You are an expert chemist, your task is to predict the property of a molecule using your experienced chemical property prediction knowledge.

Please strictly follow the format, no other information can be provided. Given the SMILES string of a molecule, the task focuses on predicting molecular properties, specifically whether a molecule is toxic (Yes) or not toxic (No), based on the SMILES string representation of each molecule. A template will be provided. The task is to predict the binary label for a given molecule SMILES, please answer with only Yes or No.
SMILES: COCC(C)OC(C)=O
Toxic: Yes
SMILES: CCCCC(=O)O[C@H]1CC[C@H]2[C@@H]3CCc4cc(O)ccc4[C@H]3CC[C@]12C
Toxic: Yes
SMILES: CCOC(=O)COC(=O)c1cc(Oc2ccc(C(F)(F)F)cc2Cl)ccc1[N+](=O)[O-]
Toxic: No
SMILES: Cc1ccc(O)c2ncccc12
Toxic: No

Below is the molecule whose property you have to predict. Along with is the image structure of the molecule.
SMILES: C/C(=C\c1ccccc1)[N+](=O)[O-]
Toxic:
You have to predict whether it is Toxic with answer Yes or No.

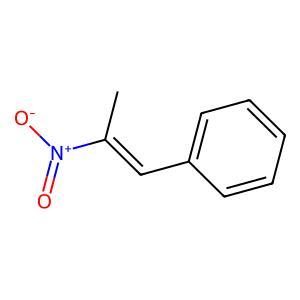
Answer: No